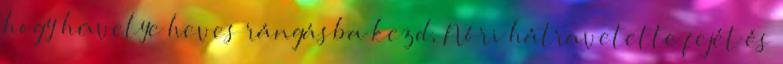
hogy hüvelye heves rángásba kezd, Nóri hátravetette fejét és